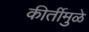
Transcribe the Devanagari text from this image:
कीर्तीमुळे